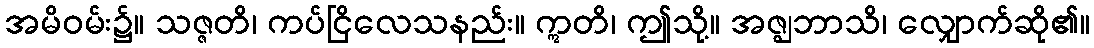
အမိဝမ်း၌။ သဇ္ဇတိ၊ ကပ်ငြိလေသနည်း။ ဣတိ၊ ဤသို့။ အဇ္ဈဘာသိ၊ လျှောက်ဆို၏။